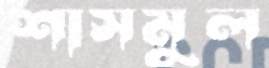
শাসমুল